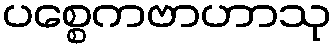
ပစ္စေကဗာဟာသု